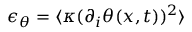
\epsilon _ { \theta } = \langle \kappa ( \partial _ { i } \theta ( \boldsymbol { x } , t ) ) ^ { 2 } \rangle